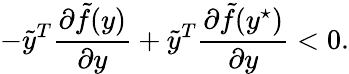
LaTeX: -\tilde{y}^{T}\frac{\partial\tilde{f}(y)}{\partial y}+\tilde{y}^{T}\frac{\partial\tilde{f}(y^{\star})}{\partial y}<0.